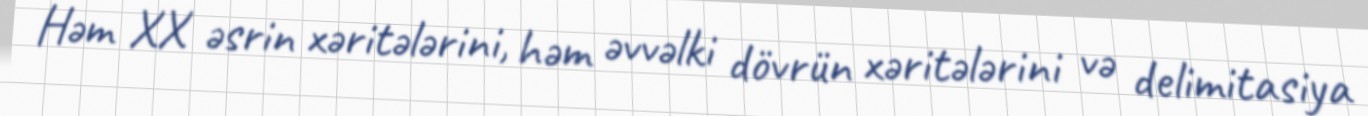
Həm XX əsrin xəritələrini, həm əvvəlki dövrün xəritələrini və delimitasiya